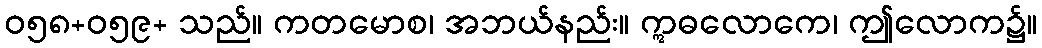
ဝ၅၈+၀၅၉+ သည်။ ကတမောစ၊ အဘယ်နည်း။ ဣဓလောကေ၊ ဤလောက၌။